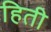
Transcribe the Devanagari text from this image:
हिती